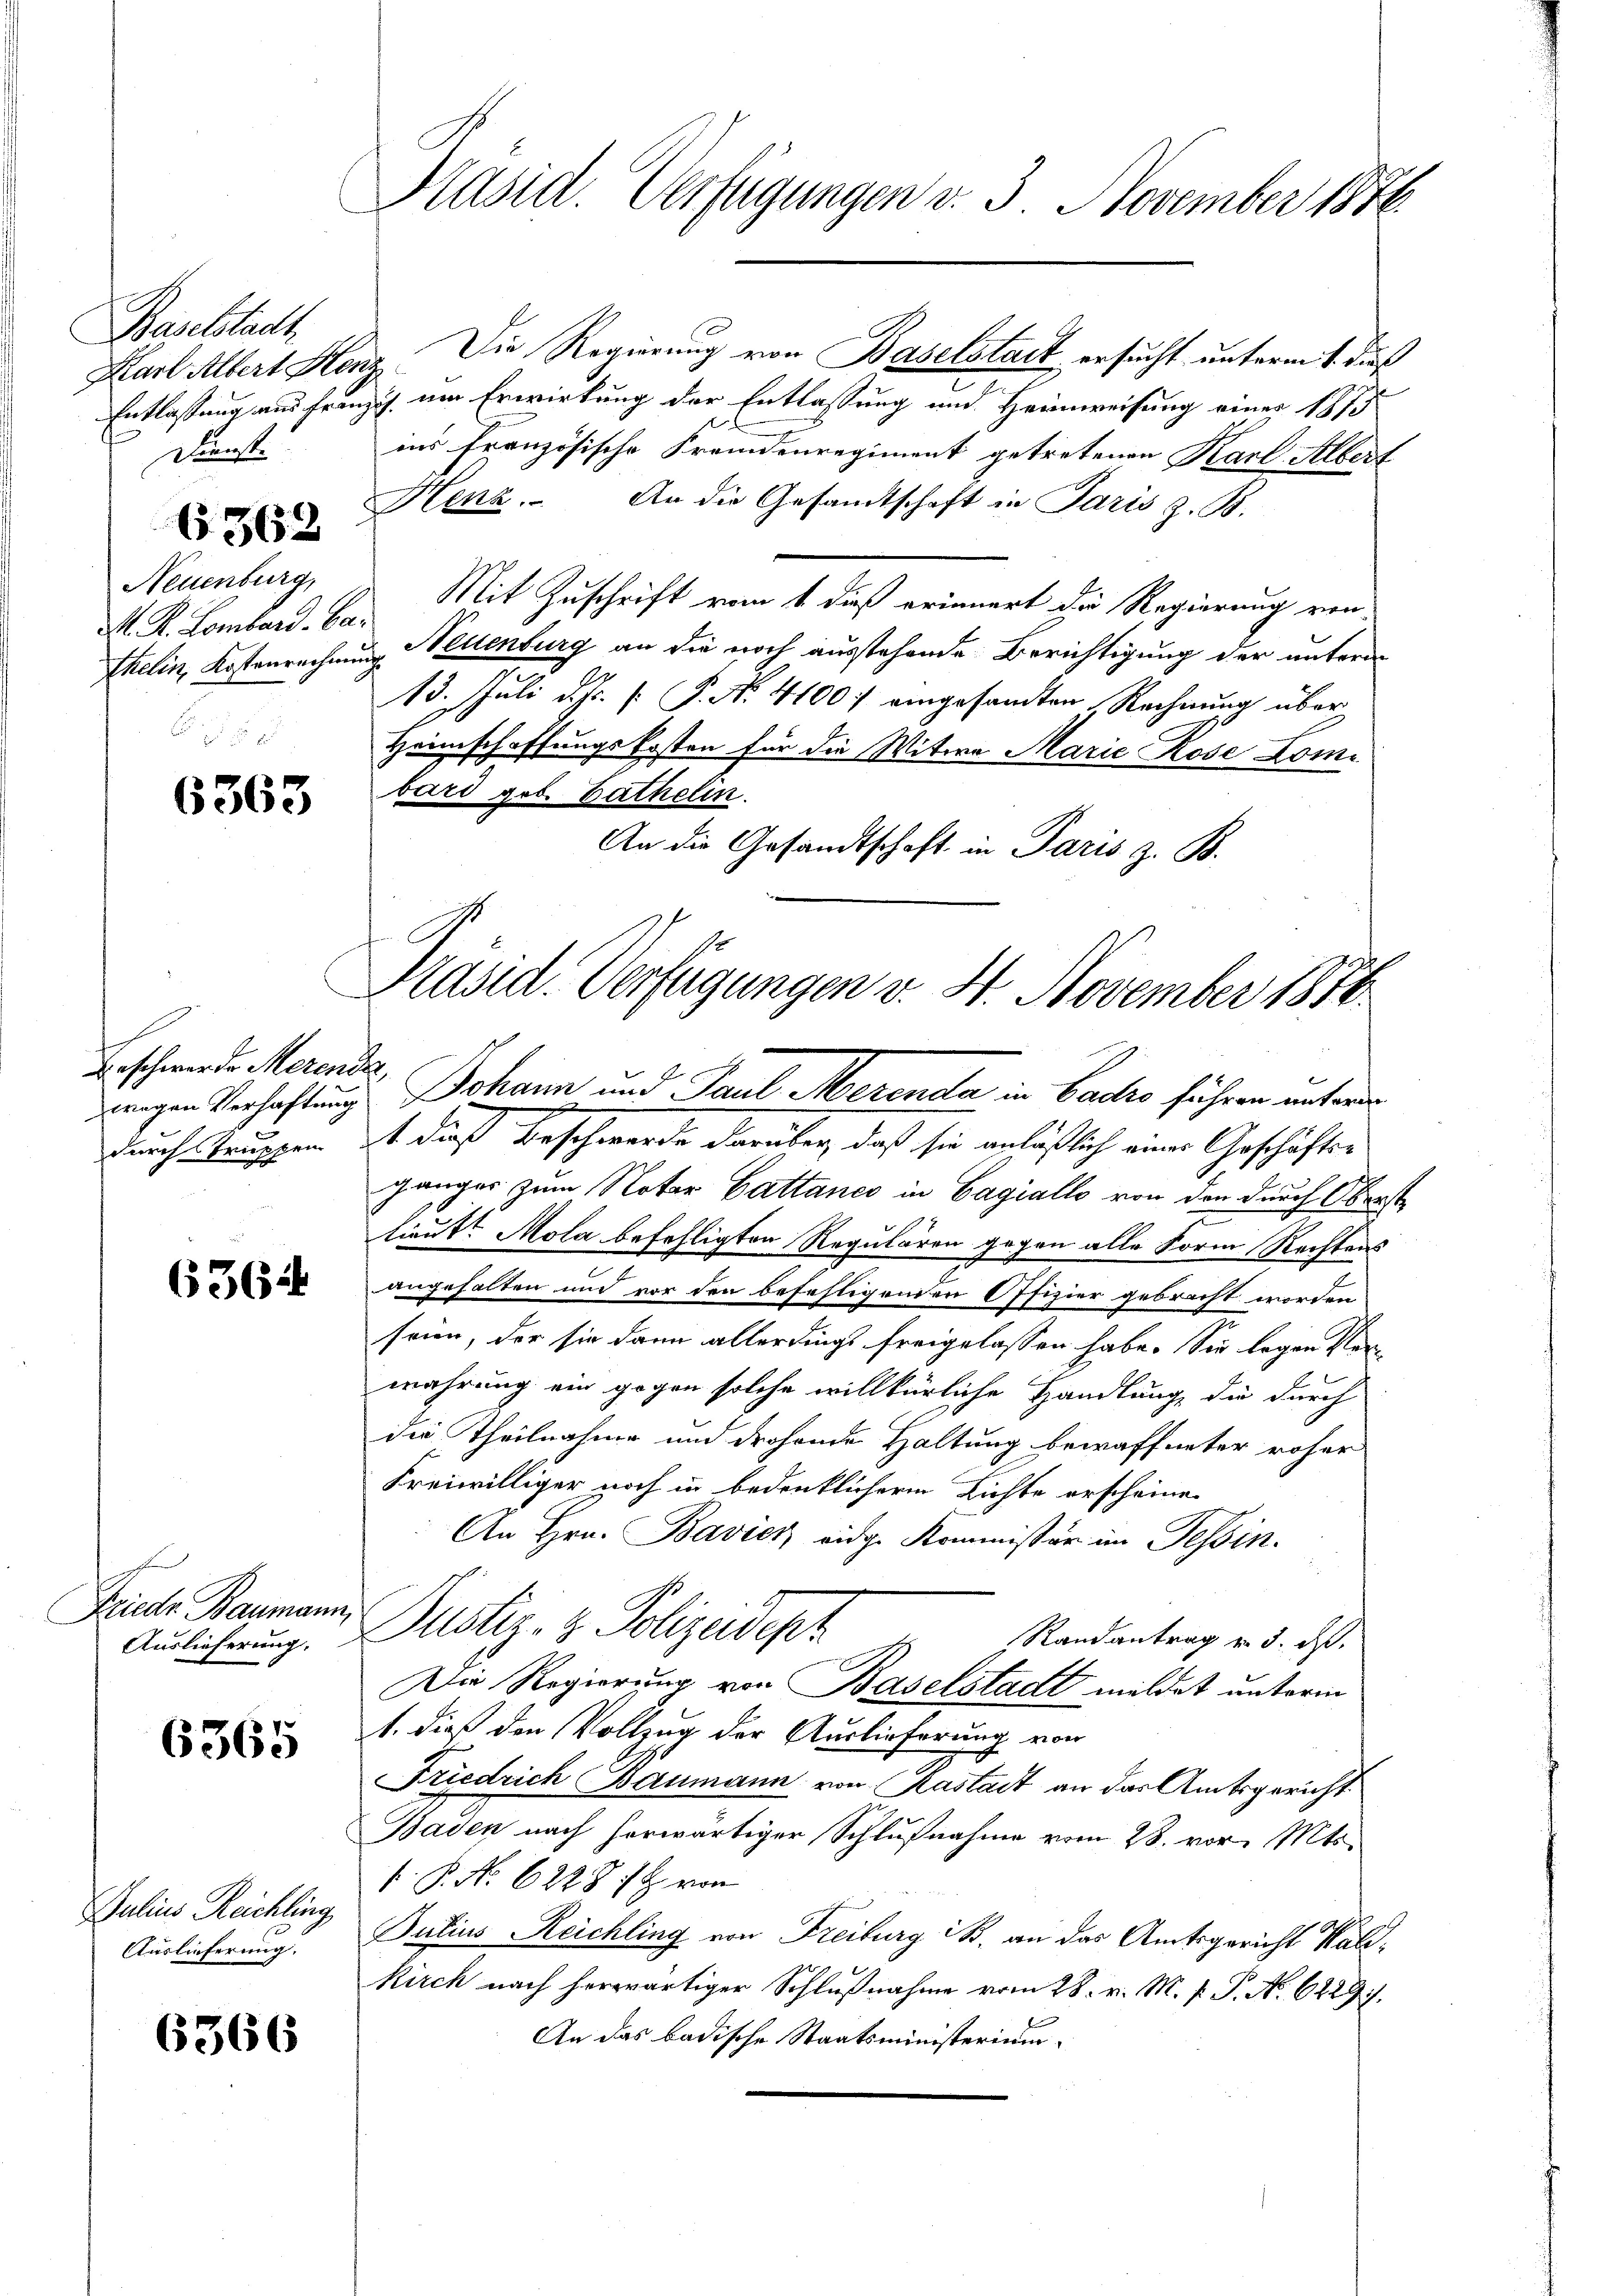
Baselstadt
Dienst.

(562

Neuenburg,
M. K. Lombard. Ca¬
Thelin, Kostenrechnen

6363

Beschwerde Merende,

6362

Frieder Baumann,
Auslieferung.

6365

Julius Reichling,
Auslieferung.

6366

Präsid. Verfügungen v. 3. November 1846

Karl Albert Henz. Die Regierung von Baselstadt ersucht unterm 1. dieß
Entlassung aus franzis um Erwirkung der Entlassung und Heimweisung einer 1873
ins Französische Fremdenregiment getretenen Karl Albert
Henz. An die Gesandtschaft in Paris z. B.
Mit Zuschrift vom 1. dieß erinnert die Regierung von
Neuenburg an die noch ausstehende Berichtigung der untern
r
13. Juli d. Js. [ P. N. 4100. eingesandten Rechnung über
Heimschaffungskosten für die Witwe Marie Rose Lombard geb. bathelin.
An die Gesandtschaft in Paris z. B.

Präsid. Verfügungen v. 4. November 1816.
i
zwegen Verhaftung Johann und Paul Merenda in Cadro führen unterde

durch Truppen ist dieß Beschwerde darüber, daß sie anläßlich einer Geschäftsgänger zum Notar Gattanco in Gagiallo von den durch Oberst
lieutt Mola befehligten Regulären gegen alle Form Rechtens
angehalten und vor den befehligenden Offizier gebracht worden
seien, der sie dann allerdings freigelassen habe. Sie legen Vorwahrung ein gegen solche willkürliche Handlung, die durch
die Theilnahme und drohende Haltung bewaffneter roher
Freiwilliger noch in bedenklichern Lichte erscheinen
An Hrn. Bavier eidg. Kommissär im Tessin.
Justiz- & Polizeidept
Randantrag v. 3. ds.
Die Regierung von Baselstadt meldet unterm
1. dieß den Vollzug der Auslieferung von
Friedrich Baumann von Kastadt an das Amtsgericht
Baden nach herwärtiger Schlußnahme vom 28. vor. Mts.
P. P. No 6228; von
Putius Reichling von Freiburg i. an das Amtsgericht Walt
Kirch nach herwärtiger Schlußnahme vom 28. v. M. v. J. A. 6229.
An das badische Staatsministerium